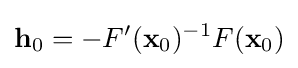
\mathbf {h} _{0}=-F'(\mathbf {x} _{0})^{-1}F(\mathbf {x} _{0})